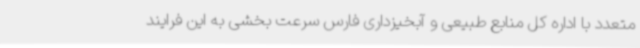
متعدد با اداره کل منابع طبیعی و آبخیزداری فارس سرعت بخشی به این فرایند